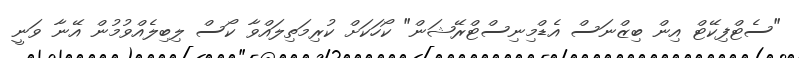
"ސެޓްފިކޭޓް އިން ބިޒްނަސް އެޑްމިނިސްޓްރޭޝަން" ކޯހަކަށް ކުރިމަތިލައްވާ ކޯސް ލިބިލެއްވުމުން އޭނާ ވަނީ